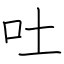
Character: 吐